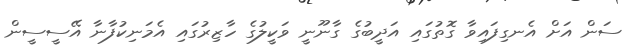
ސަން އަށް އެނގިފައިވާ ގޮތުގައި އަދީބުގެ ގާނޫނީ ވަކީލުގެ ހާޒިރުގައި އެމަނިކުފާނާ އޭސީސީން